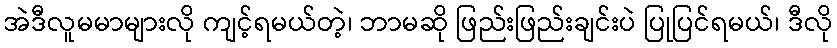
အဲဒီလူမမာများလို ကျင့်ရမယ်တဲ့၊ ဘာမဆို ဖြည်းဖြည်းချင်းပဲ ပြုပြင်ရမယ်၊ ဒီလို